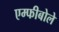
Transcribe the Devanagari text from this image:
एम्फीबोले